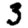
Digit: 3